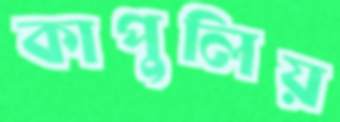
কাপুলিয়